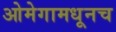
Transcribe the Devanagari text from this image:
ओमेगामधूनच